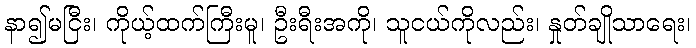
နာ၍မငြီး၊ ကိုယ့်ထက်ကြီးမူ၊ ဦးရီးအကို၊ သူငယ်ကိုလည်း၊ နှုတ်ချိုသာရေး၊